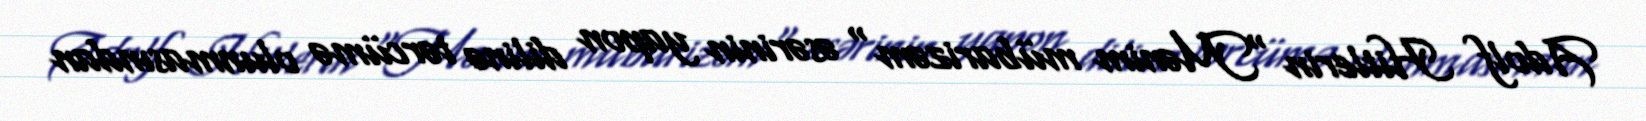
Adolf Hitlerin "Mənim mübarizəm" əsərinin yapon dilinə tərcümə olunmasından